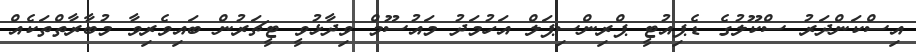
އިސްކަންދަރު ސްކޫލުގެ ޑެޕިއުޓީ ޕްރިންސިޕަލް އަހުމަދު މައުސޫމް ވިދާޅުވީ ޓީޗަރުން ބައިވެރިވާ މުބާރާތްތަކެއް